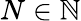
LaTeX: N\in\mathbb{N}